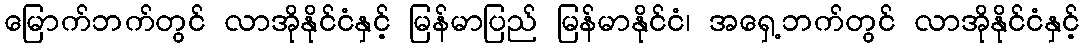
မြောက်ဘက်တွင် လာအိုနိုင်ငံနှင့် မြန်မာပြည် မြန်မာနိုင်ငံ၊ အရှေ့ဘက်တွင် လာအိုနိုင်ငံနှင့်